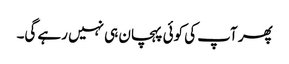
پھر آپ کی کوئی پہچان ہی نہیں رہے گی۔